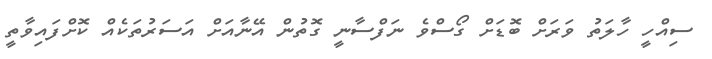
ސިއްހީ ހާލަތު ވަރަށް ބޮޑަށް ގޯސްވެ ނަފްސާނީ ގޮތުން އޭނާއަށް އަސަރުތަކެއް ކޮށްފައިވާތީ